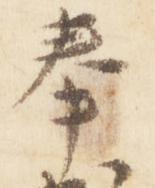
奉